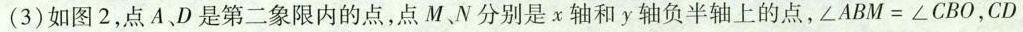
(3)如图2，点A、D是第二象限内的点，点M、N分别是χ轴和y轴负半轴上的点，∠ABM=∠CBO，CD